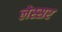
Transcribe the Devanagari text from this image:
लेस्सर